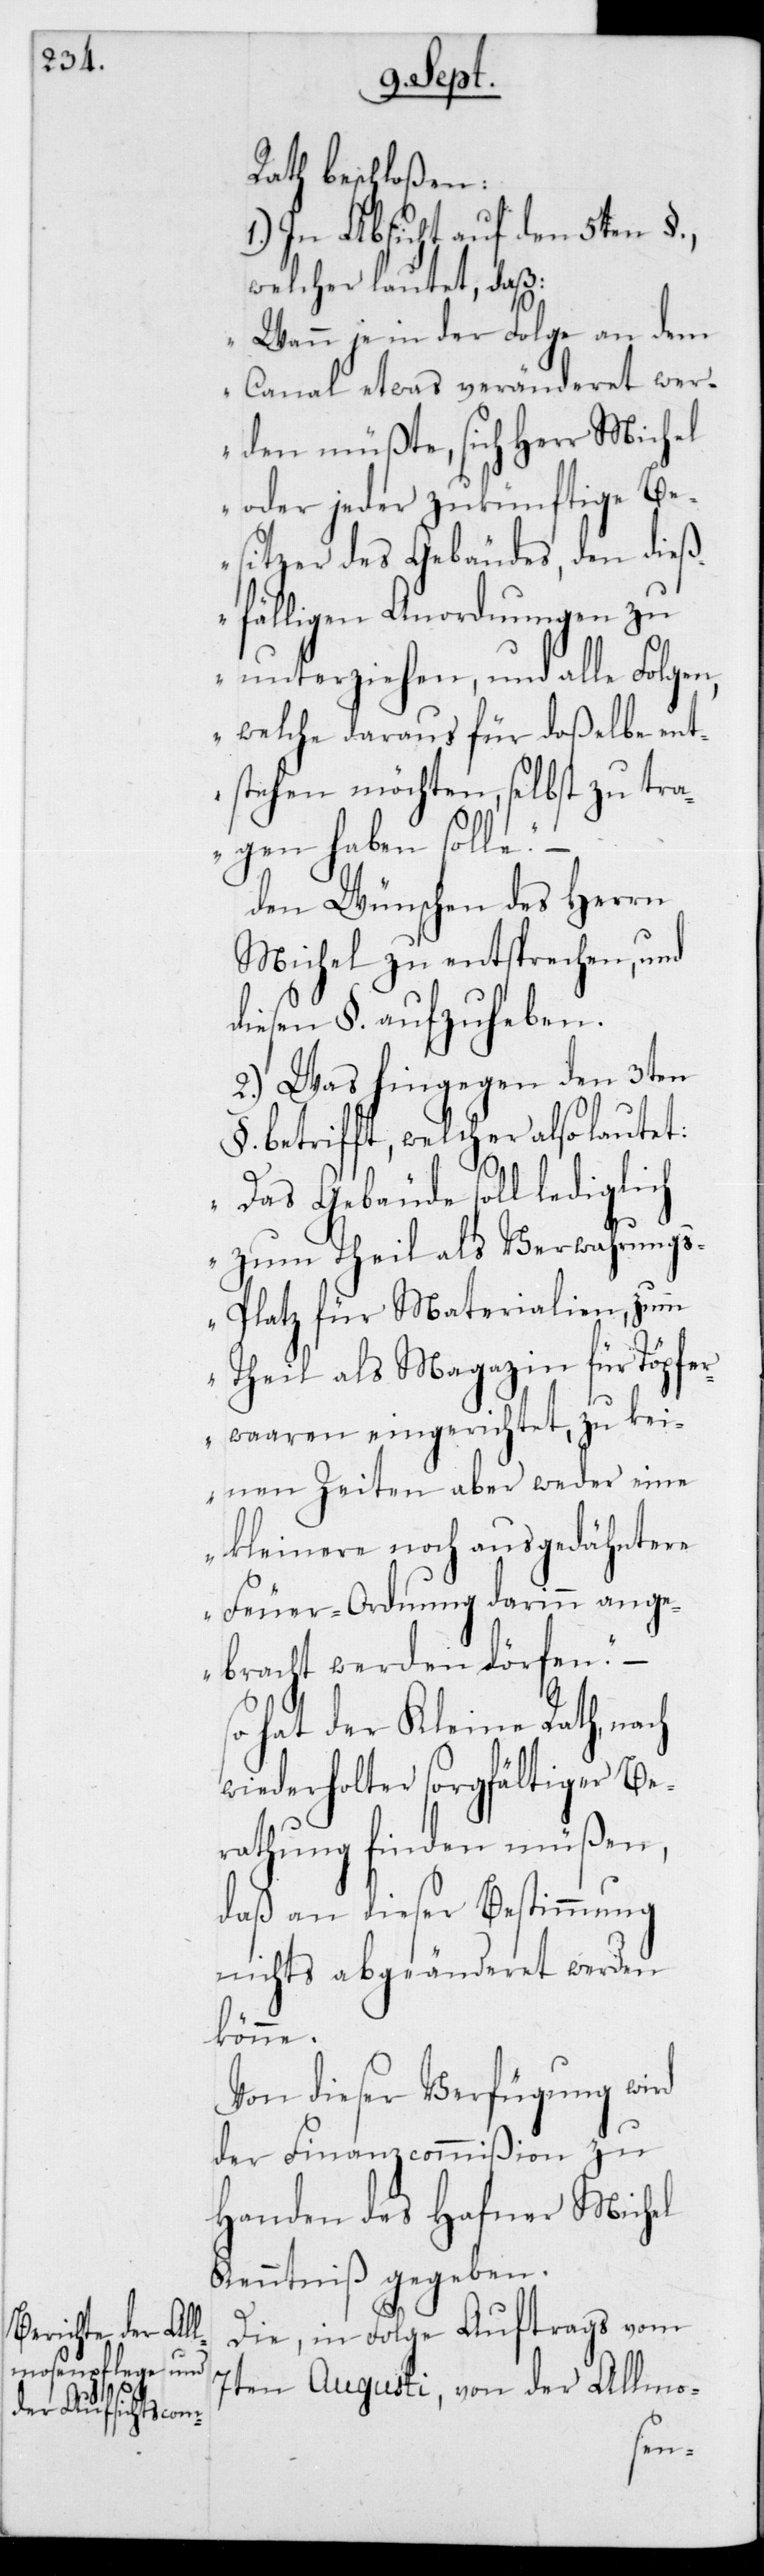
Rath beschloßen:
1.) In Absicht auf den 5ten §,
welcher lautet, daß:
„Wann je in der Folge an dem
Canal etwas veränderet wer¬
den müßte, sich Herr Michel
oder jeder zukünftige Be¬
sitzer des Gebäudes, den dieß¬
fälligen Anordnungen zu
unterziehen, und alle Folgen,
welche daraus für daßelbe ent¬
stehen möchten, selbst zu tra¬
gen haben solle“
den Wünschen des Herrn
Michel zu entsprechen, und
diesen § aufzuheben.
2.) Was hingegen den 3ten
§ betrifft, welcher also lautet:
„Das Gebäude soll lediglich
zum Theil als Verwahrung¬
s-Platz für Materialien, zum
Theil als Magazin für Töpfer¬
waaren eingerichtet, zu kei¬
nen Zeiten aber weder eine
kleinere noch ausgedähntere
Feuerordnung darin ange¬
bracht werden dörfen“ –
hat der Kleine Rath, nach
wiederholter sorgfältiger Be¬
rathung finden müßen,
daß an dieser Bestimmung
nichts abgeänderet werden
könne.
Von dieser Verfügung wird
der Finanzcommißion zu
Handen des Hafner Michel
Kenntniß gegeben.
Die in Folge Auftrags vom
7ten Augusti, von der Allmo-